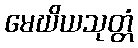
မေဃိယသုတ္တံ